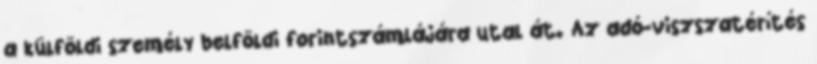
a külföldi személy belföldi forintszámlájára utal át. Az adó-viszszatérítés